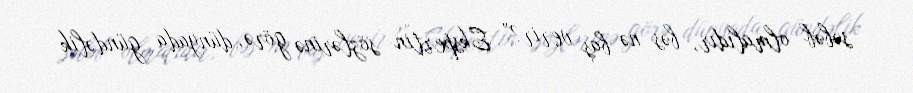
səbəb olmalıdır, bəs nə baş verir?” Ekspertin sözlərinə görə, dünyada gündəlik